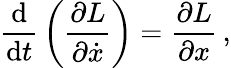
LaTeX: {\frac{\mathrm{d}}{\mathrm{d}t}}\left({\frac{\partial L}{\partial{\dot{x}}}}\right)={\frac{\partial L}{\partial x}}\, ,